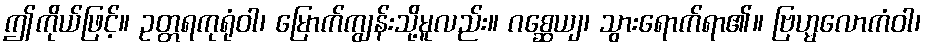
ဤကိုယ်ဖြင့်။ ဥတ္တရကုရုံဝါ၊ မြောက်ကျွန်းသို့မူလည်း။ ဂစ္ဆေယျ၊ သွားရောက်ရာ၏။ ဗြဟ္မလောကံဝါ၊